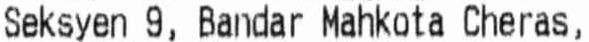
SEKSYEN 9, BANDAR MAHKOTA CHERAS,